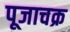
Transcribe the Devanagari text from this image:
पूजाचक्र